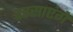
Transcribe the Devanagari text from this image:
दरसाएंगे